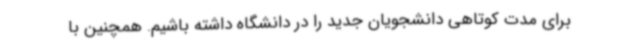
برای مدت کوتاهی دانشجویان جدید را در دانشگاه داشته باشیم. همچنین با